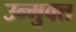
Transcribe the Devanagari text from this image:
उन्‍मुक्‍त